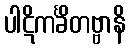
ပါဋိကင်္ခိတဗ္ဗာနိ